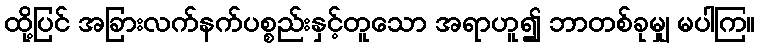
ထို့ပြင် အခြားလက်နက်ပစ္စည်းနှင့်တူသော အရာဟူ၍ ဘာတစ်ခုမျှ မပါကြ။